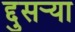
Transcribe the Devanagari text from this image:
द्दुसर्‍या